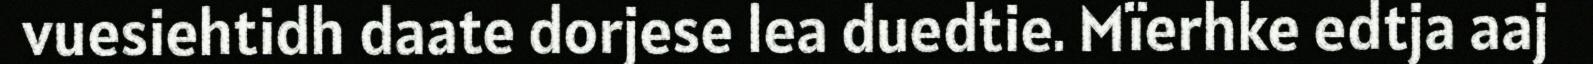
vuesiehtidh daate dorjese lea duedtie. Mïerhke edtja aaj